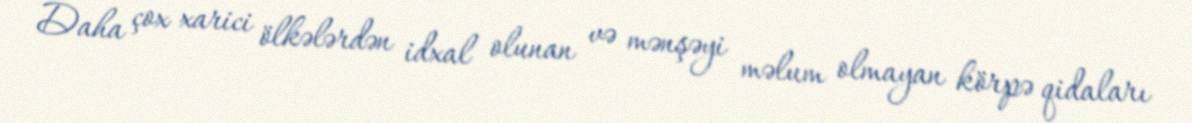
Daha çox xarici ölkələrdən idxal olunan və mənşəyi məlum olmayan körpə qidaları